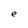
Character: e